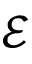
\boldsymbol { \mathcal { E } }